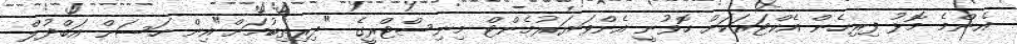
އެންމެ މޮޅު ފިރިހެން އެކްޓަރަކަށް ހޮވުނީ އެންވަޔަރުމެންޓް މިނިސްޓްރީގެ "ދިރިތިބުމަށް"އިން ހަސަން އަބްދުލް